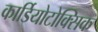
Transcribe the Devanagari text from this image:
कार्डियोटोक्सिक